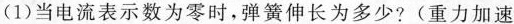
(1)当电流表示数为零时，弹簧伸长为多少?(重力加速